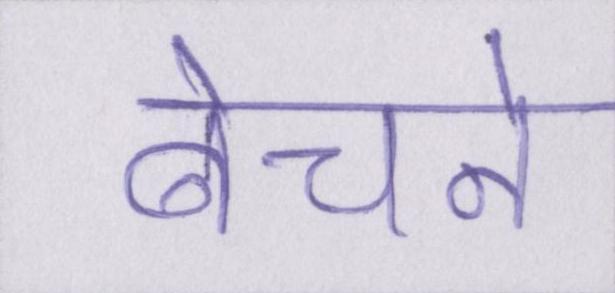
बेचने